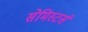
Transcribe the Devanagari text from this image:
सेमिस्टर्स